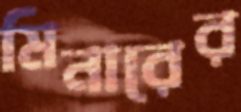
মিনারের